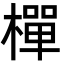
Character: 樿